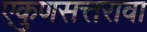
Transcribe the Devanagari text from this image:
एकुणसत्तरावा